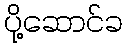
ပို့ဆောင်ခ